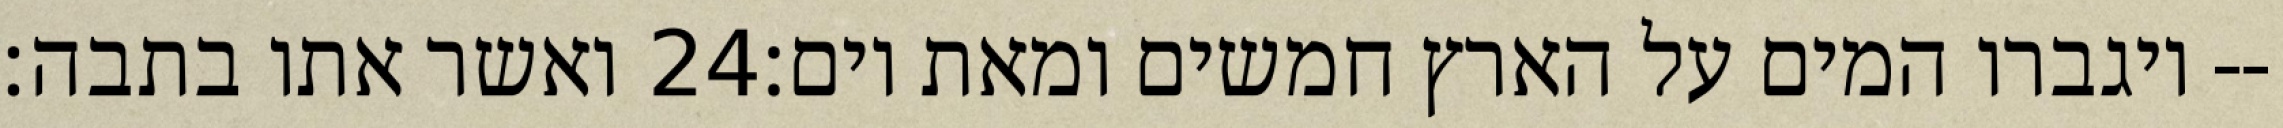
ואשר אתו בתבה׃ ‎24‏ ויגברו המים על הארץ חמשים ומאת יום׃--